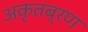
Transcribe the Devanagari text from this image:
अकृतब्रण